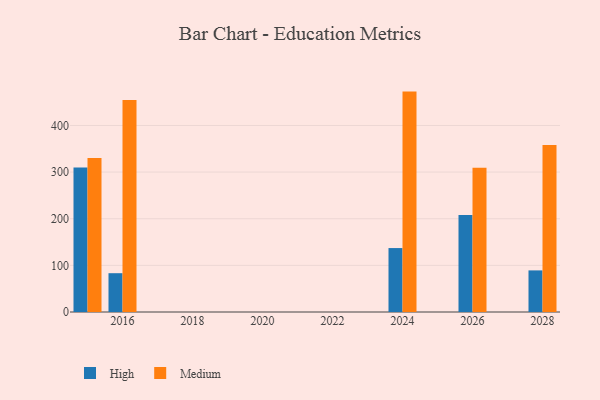
{"axis": {"x": "Year", "y": "Satisfaction Score"}, "legend": ["High", "Medium"], "data": [{"x": "2026", "y": 208.0, "type": "High"}, {"x": "2026", "y": 309.4, "type": "Medium"}, {"x": "2028", "y": 89.2, "type": "High"}, {"x": "2028", "y": 358.3, "type": "Medium"}, {"x": "2024", "y": 137.1, "type": "High"}, {"x": "2024", "y": 472.6, "type": "Medium"}, {"x": "2015", "y": 309.6, "type": "High"}, {"x": "2015", "y": 330.2, "type": "Medium"}, {"x": "2016", "y": 83.2, "type": "High"}, {"x": "2016", "y": 454.4, "type": "Medium"}]}